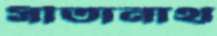
সীতানাথ